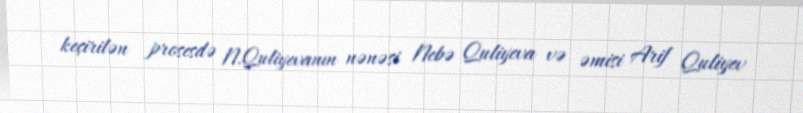
keçirilən prosesdə N.Quliyevanın nənəsi Nebə Quliyeva və əmisi Arif Quliyev